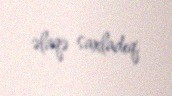
əlaqə saxladıq.